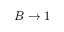
B \to 1